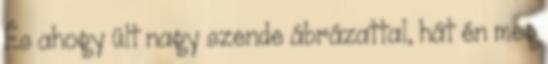
És ahogy ült nagy szende ábrázattal, hát én meg